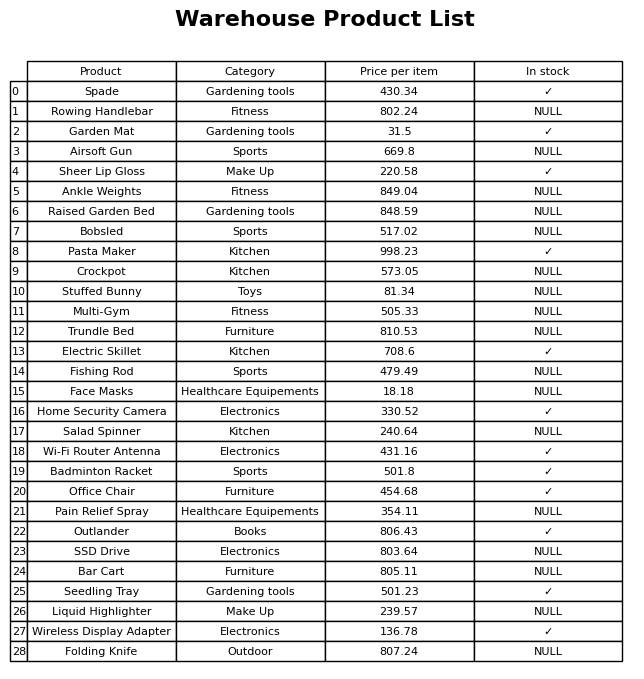
question: What is the price of the Pain Relief Spray?
answer: The price of Pain Relief Spray is 354.11.